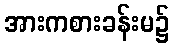
အားကစားခန်းမ၌